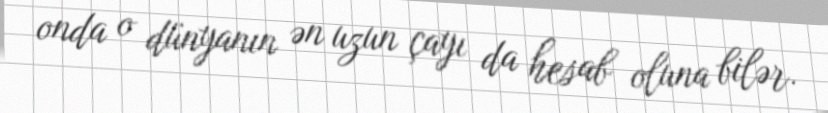
onda o dünyanın ən uzun çayı da hesab oluna bilər.